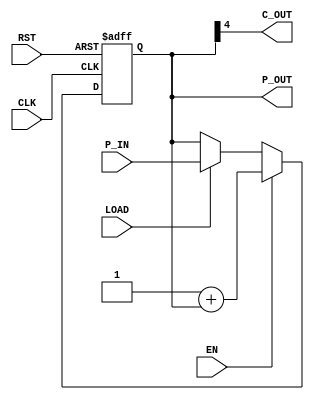
`timescale 1ns/1ns
module counter8bit_1 (
  input wire EN,
  input wire CLK,
  input wire RST,
  input wire LOAD,
  input wire [4:0] P_IN,
  output wire [4:0] P_OUT,
  output wire C_OUT
);
  reg [4:0] counter;

  always @(posedge CLK or posedge RST) begin
    if (RST)
      counter <= 5'b0;
    else if (EN)
      counter <= 1 + counter;
    else if (LOAD)
      counter <= P_IN;
  end

  assign P_OUT = counter;
  assign C_OUT = counter[4];
endmodule